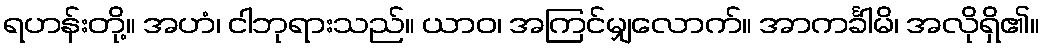
ရဟန်းတို့။ အဟံ၊ ငါဘုရားသည်။ ယာဝ၊ အကြင်မျှလောက်။ အာကင်္ခါမိ၊ အလိုရှိ၏။